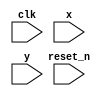

module moore_101_detector
(
input clk,
input reset_n,
input x,
input y
);

reg[1:0]state_reg, state_next;

// state definitions - using binary encoding
localparam s0 = 2'b00;
localparam s1 = 2'b01;
localparam s2 = 2'b10;
localparam s3 = 2'b11;

// state register
always @(posedge clk, negedge reset_n)
begin
	if(~reset_n)
		state_reg <= s0;
	else
		state_reg <= state_next;
end

// Next state logic
always @(*)
begin
	case(state_reg)
		s0: state_next = (x == 1 ? s1 : s0);
		s1: state_next = (x == 1 ? s1 : s2);
		s2: state_next = (x == 1 ? s3 : s0);
		s3: state_next = (x == 1 ? s1 : s2);
		default: state_next = state_reg;	
	endcase
end

// Output logic	
assign y = (state_reg == s3);

endmodule